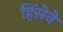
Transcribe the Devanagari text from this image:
हिंसेने